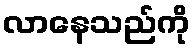
လာနေသည်ကို